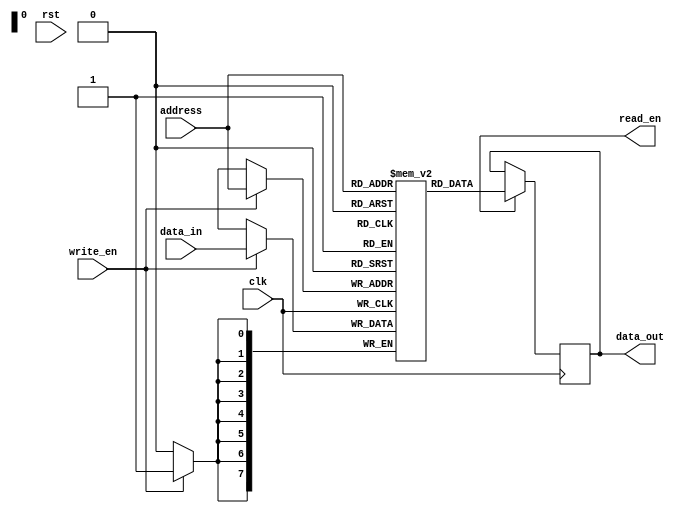
module MRAM(
    input wire clk,
    input wire rst,
    input wire [7:0] address,
    input wire [7:0] data_in,
    output wire [7:0] data_out,
    input wire write_en,
    output wire read_en
);

// Memory array declaration
reg [7:0] memory_array [0:255];

// Address decoding logic
reg [7:0] row;
reg [7:0] col;

always @(*) begin
    row = address[7:0] >> 4;
    col = address[7:0] & 8'h0F;
end

// Read operation
always @(posedge clk) begin
    if (read_en) begin
        data_out <= memory_array[address];
    end
end

// Write operation
always @(posedge clk) begin
    if (write_en) begin
        memory_array[address] <= data_in;
    end
end

endmodule